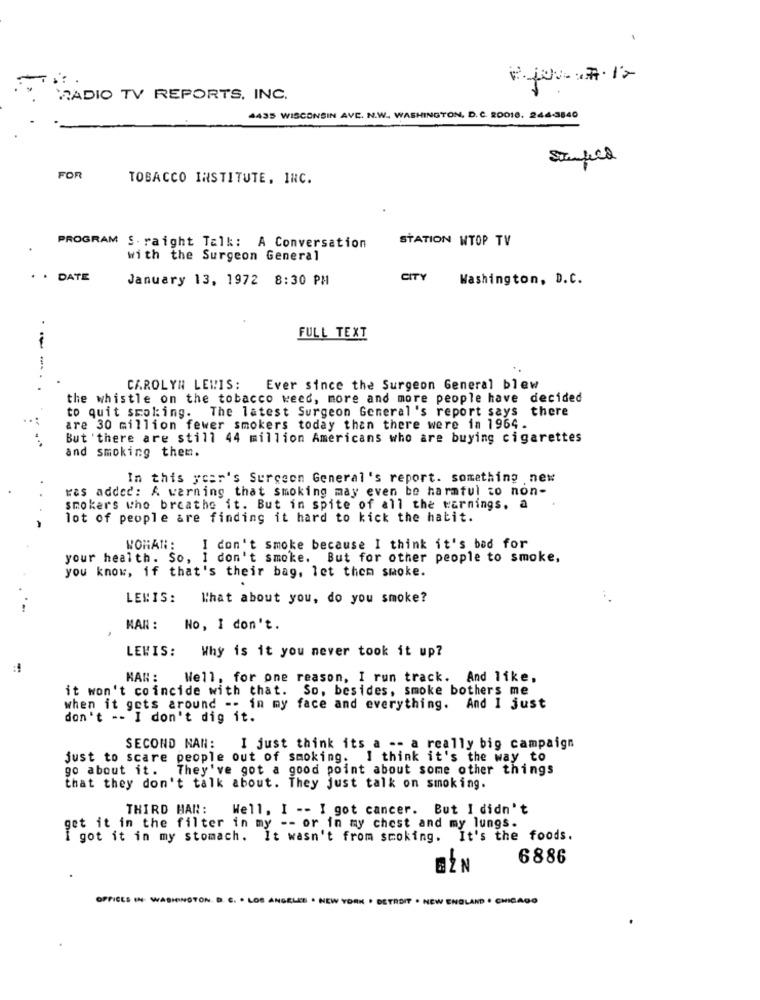
2. for .7.17
RADIO TV REPORTS. INC.
4435 WISCONSIN AVE. N.W. WASHINGTON, D. C. 20016. 244-3840
Stanfeed
FOR
TOBACCO INSTITUTE, INC.
STATION WTOP TV
PROGRAM S. raight Talk: A Conversation
with the Surgeon General
. . DATE
January 13, 1972 8:30 PM
CITY
Washington, D.C.
FULL TEXT
---.
CAROLYN LEWIS:
Ever since the Surgeon General blew
the whistle on the tobacco weed, more and more people have decided
to quit smoking. The latest Surgeon General 's report says
there
are 30 million fewer smokers today than there were in 1964.
But 'there are still 44 million Americans who are buying cigarettes
and smoking them.
In this year's Surgeon General's report. something new
ras added: A warning that smoking may even be harmful to non-
smokers who breathe it. But in spite of all the warnings. a
lot of people are finding it hard to kick the hatit.
WORAN :
I don't smoke because I think it's bad for
your health. So, I
don't smoke. But for other people to smoke,
you know, if that's their bag, let them smoke.
LEWIS:
What about you, do you smoke?
MAN :
No, I don't.
LEWIS:
Why is it you never took it up?
KAN :
Well, for one reason, I run track. And like,
it won't coincide with that. So, besides, smoke bothers me
when it gets around -- in my face and everything. And I just
don't -- I don't dig it.
SECOND NAN:
I just think its a -- a really big campaign
just to scare people out of smoking. I think it's the way to
go about it. They've got a good point about some other things
that they don't talk about. They just talk on smoking.
THIRD HAR:
Well, I -- I got cancer. But I didn't
get it in the filter in my -- or in my chest and my lungs.
I got it in my stomach. It wasn't from smoking. It's the foods.
6886
OFFICES IN WA
TON
NEW YORK . DETROIT . NEW ENGLAND . CHICAGO